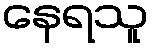
နေရသူ